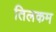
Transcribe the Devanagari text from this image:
तिलकम